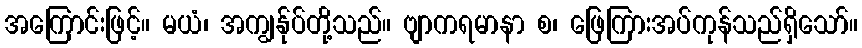
အကြောင်းဖြင့်။ မယံ၊ အကျွန်ုပ်တို့သည်။ ဗျာကရမာနာ စ၊ ဖြေကြားအပ်ကုန်သည်ရှိသော်။